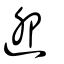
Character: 迎